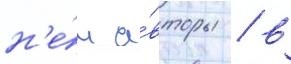
н'е́м а́вторы / в